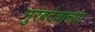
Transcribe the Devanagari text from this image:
मुरंबदेवाच्या